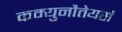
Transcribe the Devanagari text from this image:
कम्युनौतेयर्स